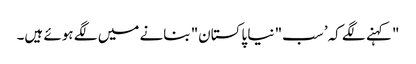
" کہنے لگے کہ’ سب" نیا پاکستان" بنانے میں لگے ہوئے ہیں۔